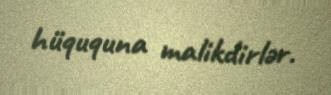
hüququna malikdirlər.